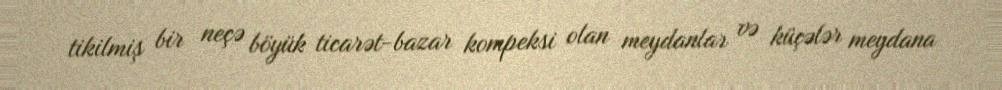
tikilmiş bir neçə böyük ticarət-bazar kompeksi olan meydanlar və küçələr meydana